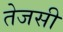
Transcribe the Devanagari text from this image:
तेजसी